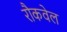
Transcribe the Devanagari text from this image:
रौकवेल